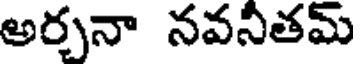
అర్చనా నవనీతమ్